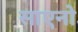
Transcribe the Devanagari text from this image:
साएनो